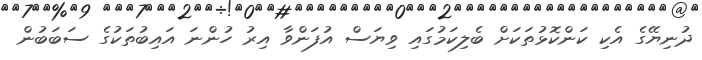
ދުނިޔޭގެ އެކި ކަންކޮޅުތަކަށް ބެލިކަމުގައި ވިޔަސް އުފަންވާ އިރު ހުންނަ އައިބުތަކުގެ ސަބަބުން